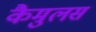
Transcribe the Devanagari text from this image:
कैमुलस